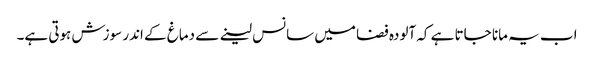
اب یہ مانا جاتا ہے کہ آلودہ فضا میں سانس لینے سے دماغ کے اندر سوزش ہوتی ہے۔